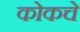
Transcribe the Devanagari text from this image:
कोकचे